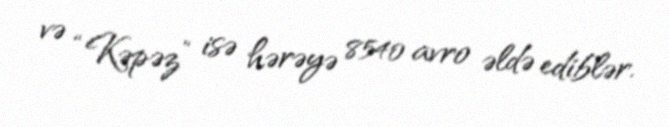
və “Kəpəz” isə hərəyə 8540 avro əldə ediblər.